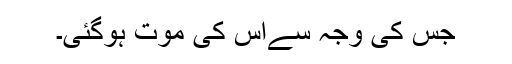
جس کی وجہ سےاس کی موت ہوگئی۔